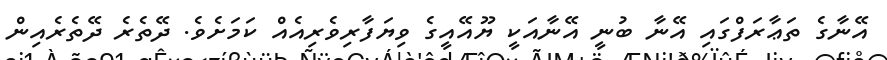
އޭނާގެ ތަޢާރަފްގައި އޭނާ ބުނީ އޭނާއަކީ ޔޫއޭއީގެ ވިޔަފާރިވެރިއެއް ކަމަށެވެ. ދޭތެރެ ދޭތެރެއިން